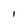
Character: 1